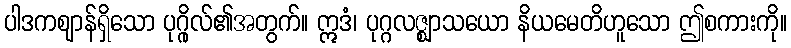
ပါဒကဈာန်ရှိသော ပုဂ္ဂိုလ်၏အတွက်။ ဣဒံ၊ ပုဂ္ဂလဇ္ဈာသယော နိယမေတိဟူသော ဤစကားကို။